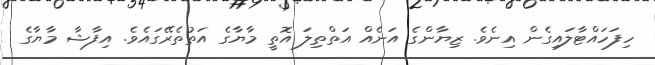
ހިފަހައްޓާލައިގެން އިނެވެ. ޒިޔާންގެ އަނެއް އަތްތިލަ އޮތީ މާޔާގެ އަތުތެރޭގައެވެ. އިފާޝާ މާޔާގެ